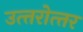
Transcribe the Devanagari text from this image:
उत्‍तरोत्‍तर